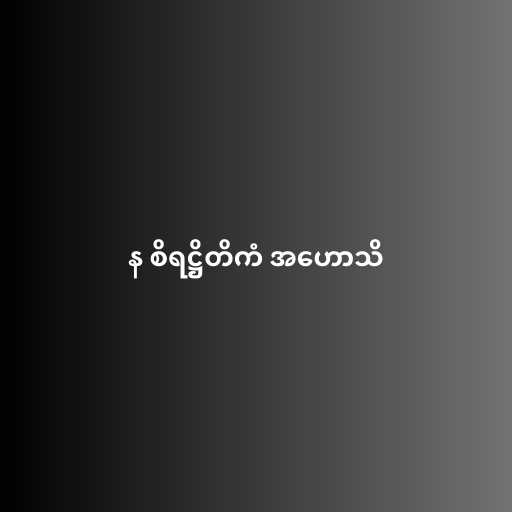
န စိရဋ္ဌိတိကံ အဟောသိ